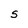
Character: S